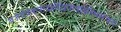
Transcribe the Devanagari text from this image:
वर्जयेदेकपादर्क्षेद्विपादर्क्षेस्थिसंचयं